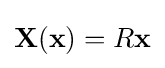
\mathbf {X} (\mathbf {x} )=R\mathbf {x}